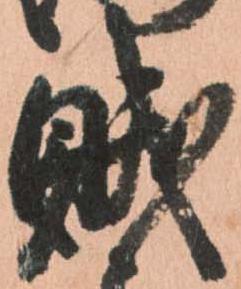
賊